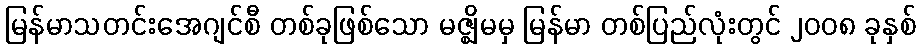
မြန်မာသတင်းအေဂျင်စီ တစ်ခုဖြစ်သော မဇ္ဈိမမှ မြန်မာ တစ်ပြည်လုံးတွင် ၂၀၀၈ ခုနှစ်